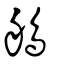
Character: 鵃